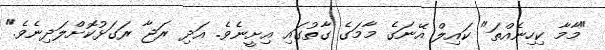
"މާމާ ކިހިނެއްތަ" ކައިލް އޭނަގެ މާމަގެ ގާތުގައި އިށީނެވެ. އަދި ރަޖާ ރަގަޅުކޮށްލަދިނެވެ."